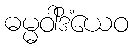
ဓမ္မဝါဒိံယေဝ